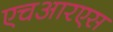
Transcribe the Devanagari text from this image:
एचआरएस